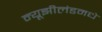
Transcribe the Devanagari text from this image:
न्यूझीलंडमधे